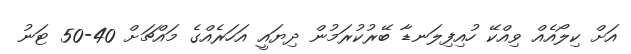
އަށް ކިލޯއެއް ވިއްކޭ ހުއިފިލަނޑާ ބޭރުކުރަމުން ދިޔައީ އަހަރެއްގެ މައްޗަށް 40-50 ޓަނު